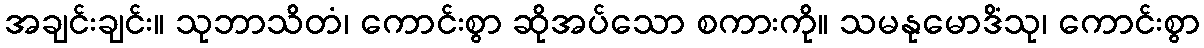
အချင်းချင်း။ သုဘာသိတံ၊ ကောင်းစွာ ဆိုအပ်သော စကားကို။ သမနုမောဒိံသု၊ ကောင်းစွာ